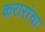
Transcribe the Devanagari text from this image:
करारांचा